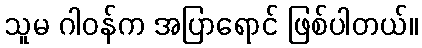
သူမ ဂါဝန်က အပြာရောင် ဖြစ်ပါတယ်။